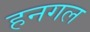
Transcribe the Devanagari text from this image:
हनगल